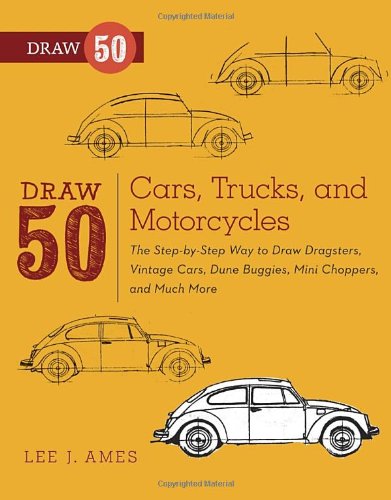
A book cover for Draw 50 Cars, Trucks, and Motorcycles: The Step-by-Step Way to Draw Dragsters, Vintage Cars, Dune Buggies, Mini Choppers, and Many More...; Lee J. Ames; Children's Books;